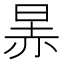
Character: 㫱